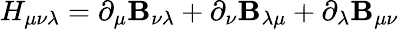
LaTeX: H_{\mu\nu\lambda}=\partial_{\mu}\mathbf{B}_{\nu\lambda}+\partial_{\nu}\mathbf{B}_{\lambda\mu}+\partial_{\lambda}\mathbf{B}_{\mu\nu}